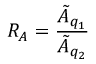
R _ { A } = \frac { \tilde { A } _ { q _ { 1 } } } { \tilde { A } _ { q _ { 2 } } }